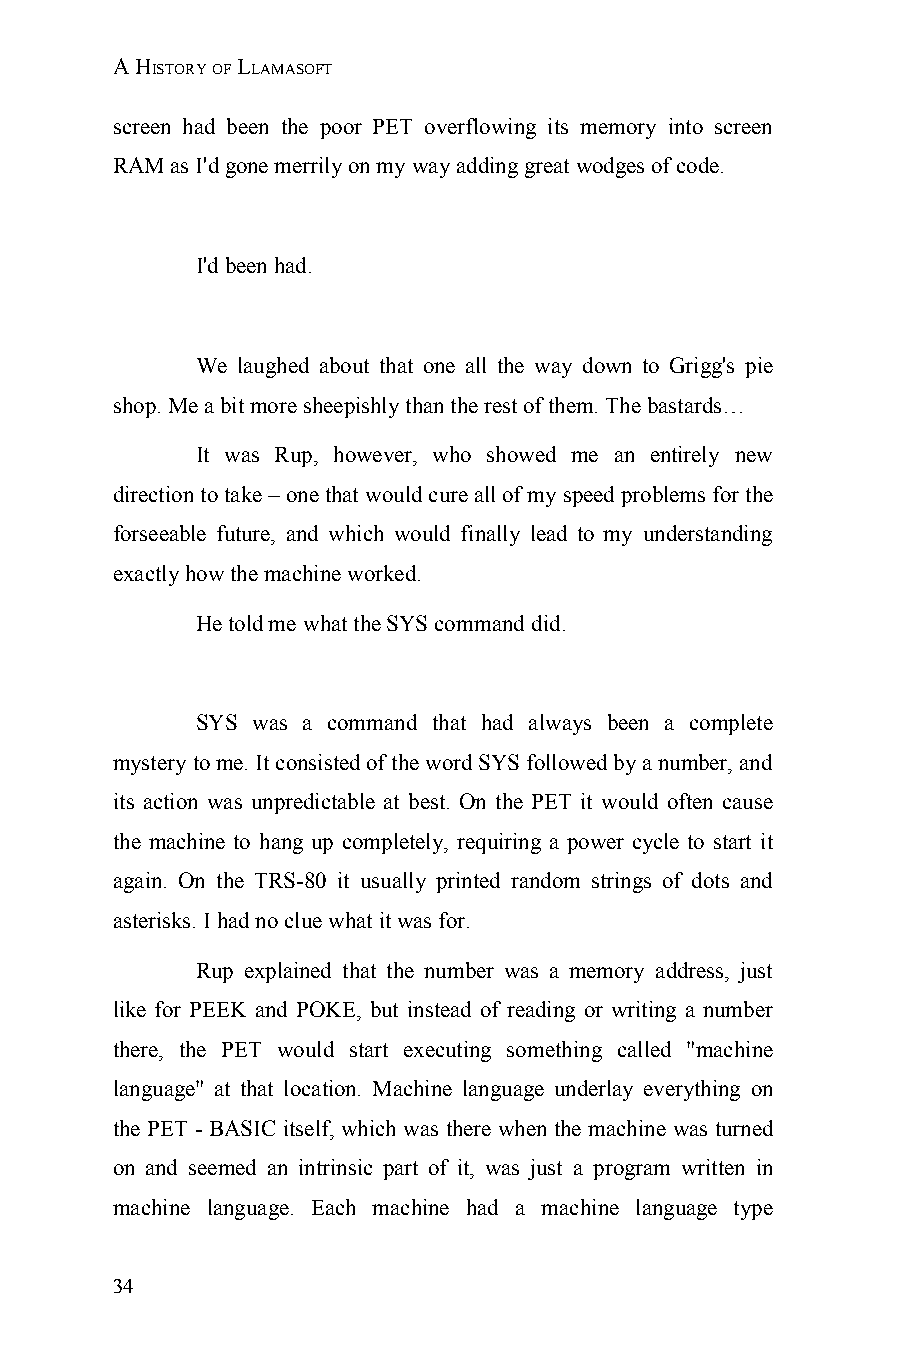
A HISTORY OF LLAMASOFT
 screen had been the poor PET overflowing its memory into screen
 RAM as I'd gone merrily on my way adding great wodges of code.
 I'd been had.
 We laughed about that one all the way down to Grigg's pie
 shop. Me a bit more sheepishly than the rest of them. The bastards…
 It was Rup, however, who showed me an entirely new
 direction to take – one that would cure all of my speed problems for the
 forseeable future, and which would finally lead to my understanding
 exactly how the machine worked.
 He told me what the SYS command did.
 SYS was a command that had always been a complete
 mystery to me. It consisted of the word SYS followed by a number, and
 its action was unpredictable at best. On the PET it would often cause
 the machine to hang up completely, requiring a power cycle to start it
 again. On the TRS-80 it usually printed random strings of dots and
 asterisks. I had no clue what it was for.
 Rup explained that the number was a memory address, just
 like for PEEK and POKE, but instead of reading or writing a number
 there, the PET would start executing something called "machine
 language" at that location. Machine language underlay everything on
 the PET - BASIC itself, which was there when the machine was turned
 on and seemed an intrinsic part of it, was just a program written in
 machine language. Each machine had a machine language type
 34